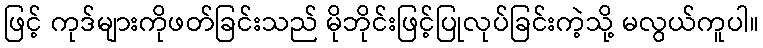
ဖြင့် ကုဒ်များကိုဖတ်ခြင်းသည် မိုဘိုင်းဖြင့်ပြုလုပ်ခြင်းကဲ့သို့ မလွယ်ကူပါ။